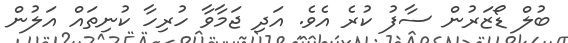
ބުލް ޑޯޒަރުން ސާފު ކުރެ އެވެ. އަދި ޖަމާވާ ހުރިހާ ކުނިތައް އަލުން